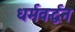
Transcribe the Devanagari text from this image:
धर्मवर्द्धन